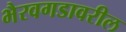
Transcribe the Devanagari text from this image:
भैरवगडावरील